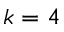
k = 4